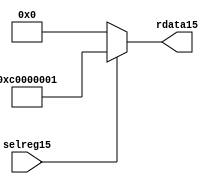
//File15 name   : smc_cfreg_lite15.v
//Title15       : 
//Created15     : 1999
//Description15 : Single15 instance of a config register
//Notes15       : 
//----------------------------------------------------------------------
//   Copyright15 1999-2010 Cadence15 Design15 Systems15, Inc15.
//   All Rights15 Reserved15 Worldwide15
//
//   Licensed15 under the Apache15 License15, Version15 2.0 (the
//   "License15"); you may not use this file except15 in
//   compliance15 with the License15.  You may obtain15 a copy of
//   the License15 at
//
//       http15://www15.apache15.org15/licenses15/LICENSE15-2.0
//
//   Unless15 required15 by applicable15 law15 or agreed15 to in
//   writing, software15 distributed15 under the License15 is
//   distributed15 on an "AS15 IS15" BASIS15, WITHOUT15 WARRANTIES15 OR15
//   CONDITIONS15 OF15 ANY15 KIND15, either15 express15 or implied15.  See
//   the License15 for the specific15 language15 governing15
//   permissions15 and limitations15 under the License15.
//----------------------------------------------------------------------



module smc_cfreg_lite15 (
  // inputs15
  selreg15,

  // outputs15
  rdata15
);


// Inputs15
input         selreg15;               // select15 the register for read/write access

// Outputs15
output [31:0] rdata15;                 // Read data

wire   [31:0] smc_config15;
wire   [31:0] rdata15;


assign rdata15 = ( selreg15 ) ? smc_config15 : 32'b0;
assign smc_config15 =  {1'b1,1'b1,8'h00, 2'b00, 2'b00, 2'b00, 2'b00,2'b00,2'b00,2'b00,8'h01};




endmodule // smc_cfreg15